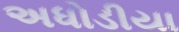
અધોડીયા